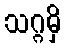
သဂ္ဂမှိ